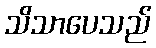
သိသာပေသည်